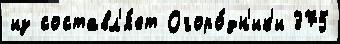
из составл'я́ет Огоро́дн'ик'и 375